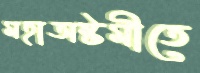
মহাঅষ্টমীতে